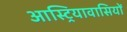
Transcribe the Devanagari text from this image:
आस्ट्रियावासियों